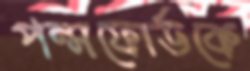
পন্সফোর্ডকে